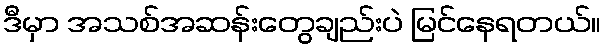
ဒီမှာ အသစ်အဆန်းတွေချည်းပဲ မြင်နေရတယ်။